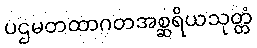
ပဌမတထာဂတအစ္ဆရိယသုတ္တံ